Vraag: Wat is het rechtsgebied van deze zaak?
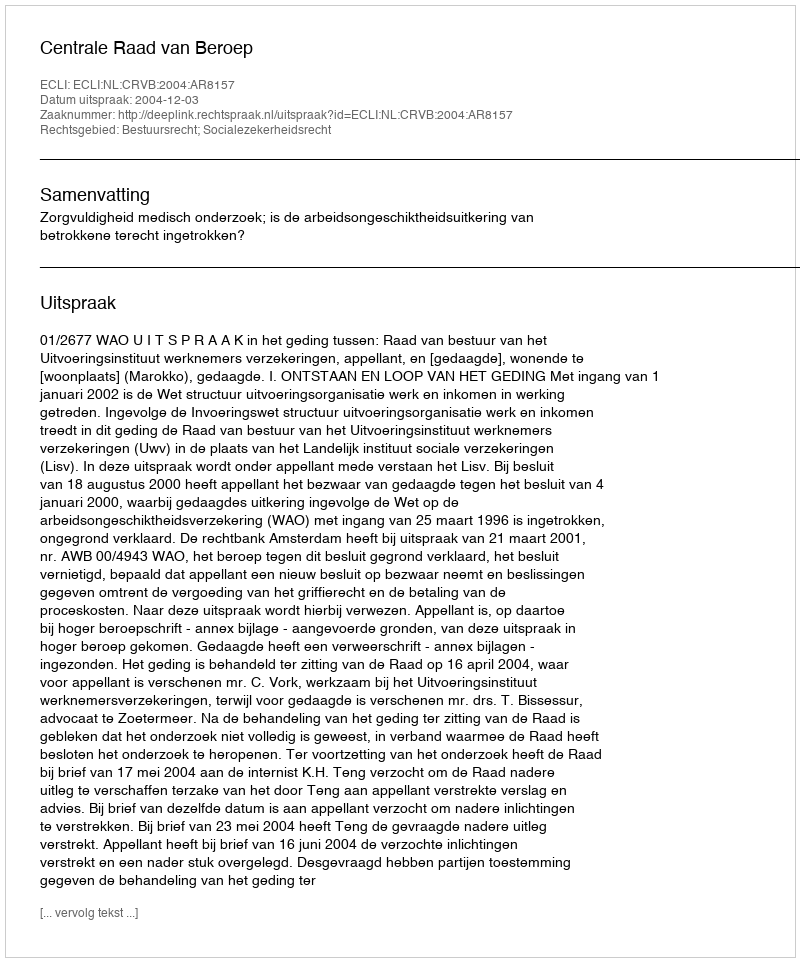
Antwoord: Bestuursrecht; Socialezekerheidsrecht